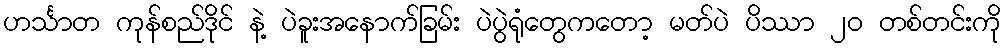
ဟင်္သာတ ကုန်စည်ဒိုင် နဲ့ ပဲခူးအနောက်ခြမ်း ပဲပွဲရုံတွေကတော့ မတ်ပဲ ပိဿာ ၂၀ တစ်တင်းကို